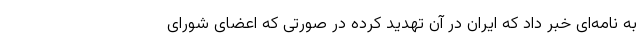
به نامه‌ای خبر داد که ایران در آن تهدید کرده در صورتی که اعضای شورای